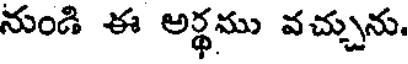
నుండి ఈ అర్థము వచ్చును.